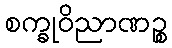
စက္ခုဝိညာဏဉ္စ